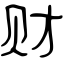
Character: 财